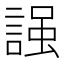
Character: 𧪎